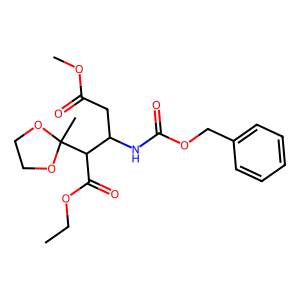
SMILES: CCOC(=O)C(C(CC(=O)OC)NC(=O)OCc1ccccc1)C1(C)OCCO1
Inhibits HIV replication: No